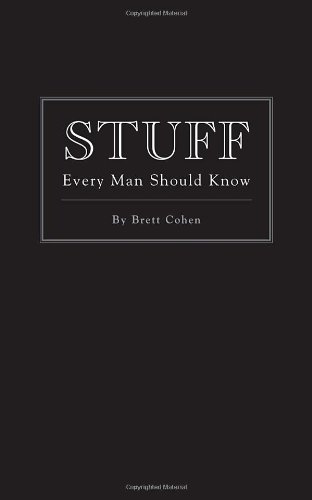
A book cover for Stuff Every Man Should Know (Pocket Companions); Brett Cohen; Humor & Entertainment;